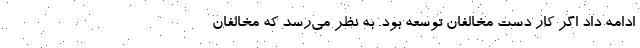
ادامه داد اگر کار دست مخالفان توسعه بود. به نظر می‌رسد که مخالفان